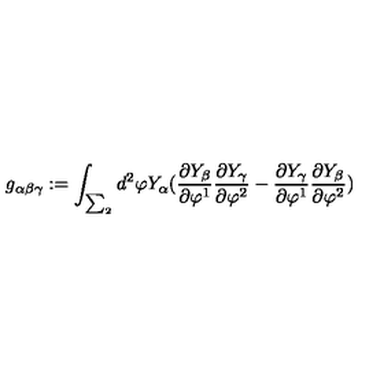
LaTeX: g _ { \alpha \beta \gamma } : = \int _ { \sum _ { 2 } } d ^ { 2 } \varphi Y _ { \alpha } ( \frac { \partial Y _ { \beta } } { \partial \varphi ^ { 1 } } \frac { \partial Y _ { \gamma } } { \partial \varphi ^ { 2 } } - \frac { \partial Y _ { \gamma } } { \partial \varphi ^ { 1 } } \frac { \partial Y _ { \beta } } { \partial \varphi ^ { 2 } } )